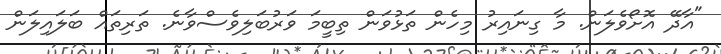
"އާދޭ އޮށޯވެލަން. މާ ގިނައިރު މިހެން ތަޅުވަން ތިބީމަ ވަރުބަލިވެސްވާނެ. ތަރިތައް ބަލައިލަން